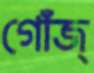
গোঁজ্‌